Vaccination United Provinces of Agra and Oudh 1902-1913 - 1902-1913
Year: 1902
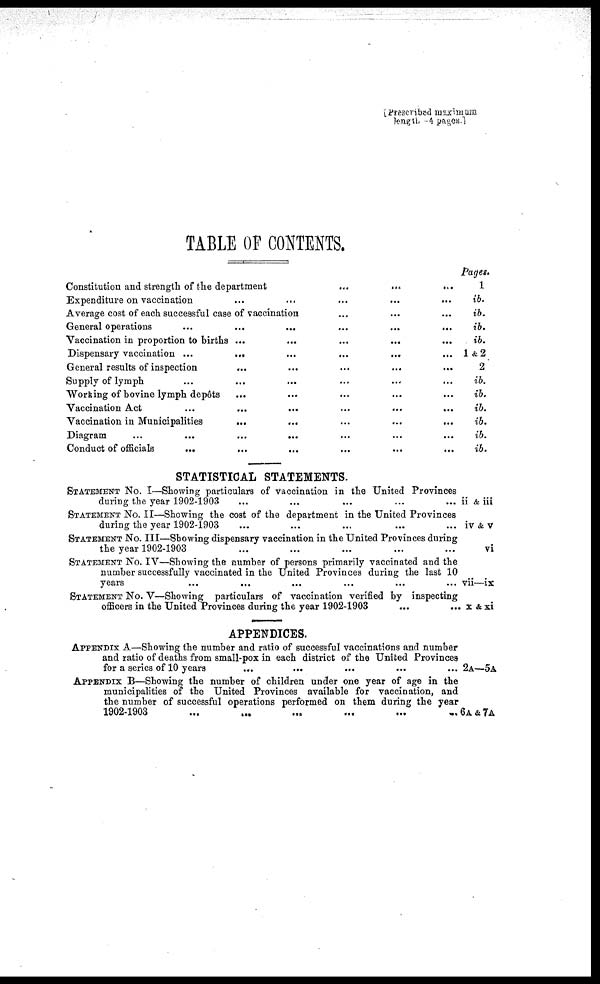
[ Prescribed maximum
TABLE OF CONTENTS.
Constitution and strength of the department
...
...
...
...
...
Expenditure on vaccination
...
...
...
...
Average cost of each successful case of vaccination ... ... ...
General operations
...
...
...
...
Vaccination in proportion to births ... ... ... ... ...
Dispensary vaccination ... ... ... ... ... ...
General results of inspection ... ... ... ... ... ...
Supply of lymph
...
...
...
...
...
...
...
...
Working of bovine lymph depôts ... ... ... ... ...
Vaccination Act ... ... ... ...
Vaccination in Municipalities
...
...
...
...
...
...
...
Diagram
...
...
...
...
Conduct of officials
...
...
...
...
...
...
STATISTICAL STATEMENTS.
STATEMENT No. I—Showing particulars of vaccination in the United Provinces
during the year 1902-1903 ... ...
STATEMENT No. II—Showing the cost of the department in the United Provinces
during the year 1902-1903 ... ...
STATEMENT No. III—Showing dispensary vaccination in the United Provinces during
the year 1902-1903 ... ...
STATEMENT No. IV—Showing the number of persons primarily vaccinated and the
number successfully vaccinated in the United Provinces during the last 10
years ... ...
STATEMENT No. V—Showing particulars of vaccination verified by inspecting
officers in the United Provinces during the year 1902-1903
...
...
APPENDICES.
APPENDIX A—Showing the number and ratio of successful vaccinations and number
and ratio of deaths from small-pox in each district of the United Provinces
for a series of 10 years ... ...
APPENDIX B—Showing the number of children under one year of age in the
municipalities of the United Provinces available for vaccination, and
the number of successful operations performed on them during the year
1902-1903
...
...
...
...
...
...
...
...
...
...
Pages.
1
ib.
ib.
ib.
ib.
1&2
2
ib.
ib.
ib.
ib.
ib.
ib.
ii & iii
iv & V
vi
vii—ix
x &xi
2A—5A
6A&7A